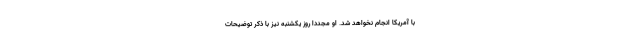
با آمریکا انجام نخواهد شد. او مجدداً روز یکشنبه نیز با ذکر توضیحات